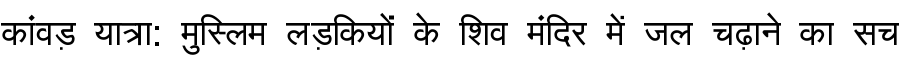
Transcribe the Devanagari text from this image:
कांवड़ यात्रा: मुस्लिम लड़कियों के शिव मंदिर में जल चढ़ाने का सच